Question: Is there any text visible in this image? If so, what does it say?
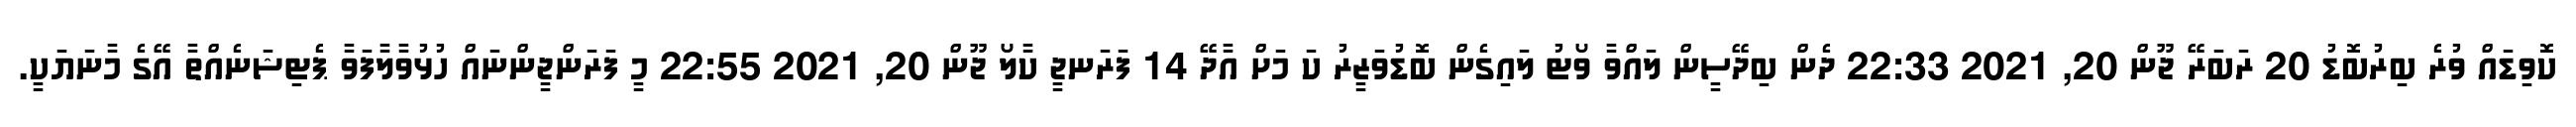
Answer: ކޮވިޑައް ވުރެ ބިރުބޮޑު 20 ރަބަރޭ ޖޫން 20, 2021 22:33 ދެން ބިދޭސީން ލައްވާ ވޯޓު ލައިގެން ބޮޑުވަޒީރު ކަ މަށް އާދޭ 14 ފަރަނޖީ ކާލޯ ޖޫން 20, 2021 22:55 މީ ފަރަންޖީންނައް ހުޅުވާލާފަވާ ޕެޓިޝަނެއްތާ އޭގެ މާނަޔަކީ.